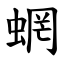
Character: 蝄